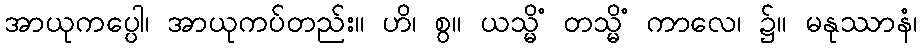
အာယုကပ္ပေါ၊ အာယုကပ်တည်း။ ဟိ၊ စွ။ ယသ္မိံ တသ္မိံ ကာလေ၊ ၌။ မနုဿာနံ၊